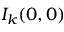
I _ { k } ( 0 , 0 )